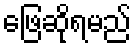
ဖြေဆိုရမည်